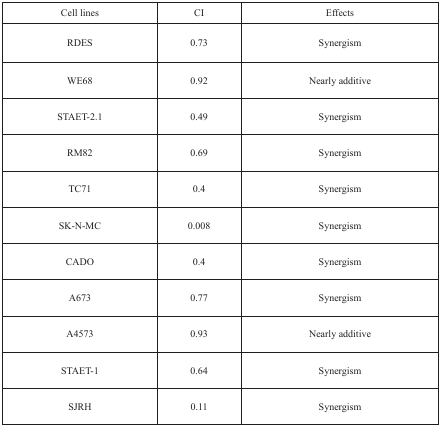
| Cell lines | CI | Effects |
 | --- | --- | --- |
 | RDES | 0.73 | Synergism |
 | WE68 | 0.92 | Nearly additive |
 | STAET-2.1 | 0.49 | Synergism |
 | RM82 | 0.69 | Synergism |
 | TC71 | 0.4 | Synergism |
 | SK-N-MC | 0.008 | Synergism |
 | CADO | 0.4 | Synergism |
 | A673 | 0.77 | Synergism |
 | A4573 | 0.93 | Nearly additive |
 | STAET-1 | 0.64 | Synergism |
 | SJRH | 0.11 | Synergism |